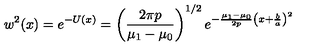
w ^ { 2 } ( x ) = e ^ { - U ( x ) } = \left( { \frac { 2 \pi p } { \mu _ { 1 } - \mu _ { 0 } } } \right) ^ { 1 / 2 } e ^ { - { \frac { \mu _ { 1 } - \mu _ { 0 } } { 2 p } } \left( x + { \frac { b } { a } } \right) ^ { 2 } }